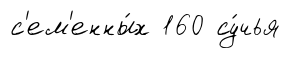
с'ем'енны́х 160 су́чья